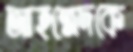
আহম্মেদকে